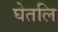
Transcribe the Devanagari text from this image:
घेतलि